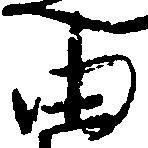
由